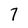
Character: 7